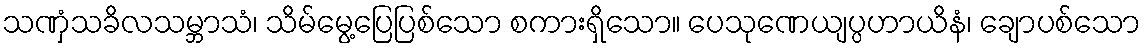
သဏှံသခိလသမ္ဘာသံ၊ သိမ်မွေ့ပြေပြစ်သော စကားရှိသော။ ပေသုဏေယျပ္ပဟာယိနံ၊ ချောပစ်သော